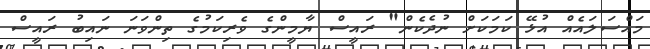
މައްސަލައެއް އުޅޭ ކަމަކަށް ނުދެކެން" ރައީސް ޔާމީންގެ ވެރިކަމުގެ ތިންވަނަ ނައިބު ރައީސް